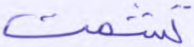
تشمت